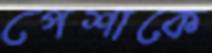
পেশাকে